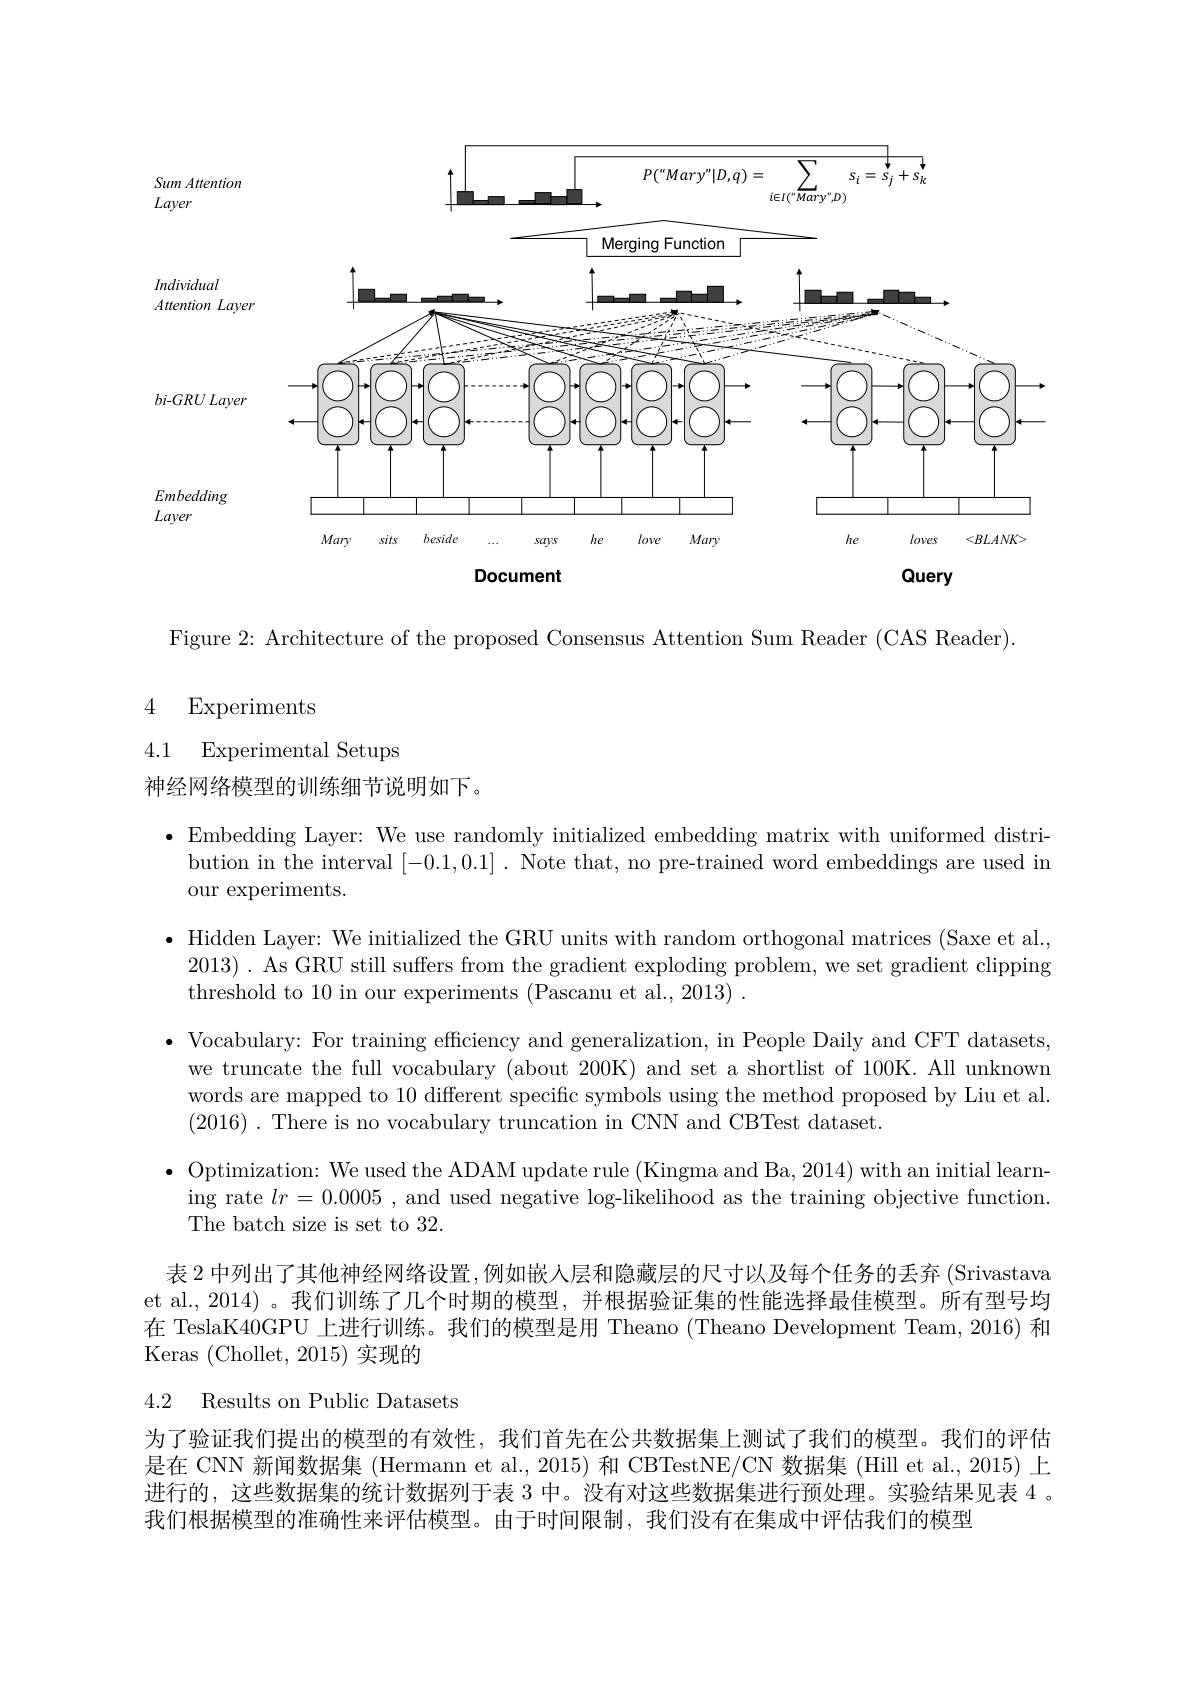
<FigureHere>
Query
Document

Figure 2: Architecture of the proposed Consensus Attention Sum Reader (CAS Reader)

# 4 Experiments

4.1 Experimental Setups

神经网络模型的训练细节说明如下。

$\bullet$ Embedding Layer: We use randomly initialized embedding matrix with uniformed distri-
bution in the interval [-0.1,0.1] . Note that, no pre-trained word embeddings are used in
our experiments.

$\bullet$ Hidden Layer: We initialized the GRU units with random orthogonal matrices (Saxe et al.,
$2013)~.~$As GRU still suffers from the gradient exploding problem, we set gradient clipping
threshold to 10 in our experiments (Pascanu et al.,2013).
$\bullet$ Vocabulary: For training efficiency and generalization, in People Daily and CFT datasets,
we truncate the full vocabulary (about 200K) and set a shortlist of 100K. All unknown words are mapped to 10 different specific symbols using the method proposed by Liu et al. (2016). There is no vocabulary truncation in CNN and CBTest dataset.
$\bullet$ Optimization: We used the ADAM update rule (Kingma and Ba, 2014) with an initial learn-
ing rate $lr=0.0005$, and used negative log-likelihood as the training objective function.
The batch size is set to 32.
表 2 中列出了其他神经网络设置 ,例如嵌入层和隐藏层的尺寸以及每个任务的丢弃 (Srivastava et al., 2014)。我们训练了几个时期的模型，并根据验证集的性能选择最佳模型。所有型号均在 TeslaK40GPU 上进行训练。我们的模型是用 Theano (Theano Development Team, 2016) 和Keras (Chollet, 2015) 实现的
4.2 Results on Public Datasets
为了验证我们提出的模型的有效性，我们首先在公共数据集上测试了我们的模型。我们的评估是在 CNN 新闻数据集 (Hermann et al., 2015) 和 CBTestNE/CN 数据集 (Hill et al., 2015) 上进行的，这些数据集的统计数据列于表 3 中。没有对这些数据集进行预处理。实验结果见表 4 。

我们根据模型的准确性来评估模型。由于时间限制，我们没有在集成中评估我们的模型